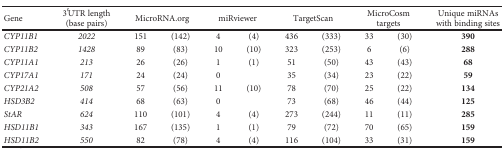
<table><thead><tr><td><b>Gene</b></td><td><b>3′UTR length (base pairs)</b></td><td colspan="2"><b>MicroRNA.org</b></td><td colspan="2"><b>miRviewer</b></td><td colspan="2"><b>TargetScan</b></td><td colspan="2"><b>MicroCosm targets</b></td><td><b>Unique miRNAs with binding sites</b></td></tr></thead><tbody><tr><td><i>CYP11B1</i></td><td><i>2022</i></td><td>151</td><td>(142)</td><td>4</td><td>(4)</td><td>436</td><td>(333)</td><td>33</td><td>(30)</td><td><b>390</b></td></tr><tr><td><i>CYP11B2</i></td><td><i>1428</i></td><td>89</td><td>(83)</td><td>10</td><td>(10)</td><td>323</td><td>(253)</td><td>6</td><td>(6)</td><td><b>288</b></td></tr><tr><td><i>CYP11A1</i></td><td><i>213</i></td><td>26</td><td>(26)</td><td>1</td><td>(1)</td><td>51</td><td>(50)</td><td>43</td><td>(43)</td><td><b>68</b></td></tr><tr><td><i>CYP17A1</i></td><td><i>171</i></td><td>24</td><td>(24)</td><td>0</td><td></td><td>35</td><td>(34)</td><td>23</td><td>(22)</td><td><b>59</b></td></tr><tr><td><i>CYP21A2</i></td><td><i>508</i></td><td>57</td><td>(56)</td><td>11</td><td>(10)</td><td>78</td><td>(70)</td><td>25</td><td>(22)</td><td><b>134</b></td></tr><tr><td><i>HSD3B2</i></td><td><i>414</i></td><td>68</td><td>(63)</td><td>0</td><td></td><td>73</td><td>(68)</td><td>46</td><td>(44)</td><td><b>125</b></td></tr><tr><td><i>StAR</i></td><td><i>624</i></td><td>110</td><td>(101)</td><td>4</td><td>(4)</td><td>273</td><td>(244)</td><td>11</td><td>(11)</td><td><b>285</b></td></tr><tr><td><i>HSD11B1</i></td><td><i>343</i></td><td>167</td><td>(135)</td><td>1</td><td>(1)</td><td>79</td><td>(72)</td><td>70</td><td>(65)</td><td><b>159</b></td></tr><tr><td><i>HSD11B2</i></td><td><i>550</i></td><td>82</td><td>(78)</td><td>4</td><td>(4)</td><td>116</td><td>(104)</td><td>33</td><td>(31)</td><td><b>159</b></td></tr></tbody></table>